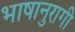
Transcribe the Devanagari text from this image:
भाषानुरागी